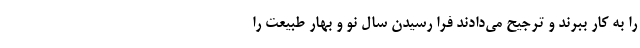
را به کار ببرند و ترجیح می‌دادند فرا رسیدن سال نو و بهار طبیعت را